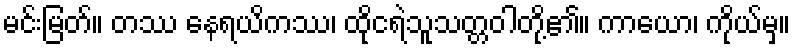
မင်းမြတ်။ တဿ နေရယိကဿ၊ ထိုငရဲသူသတ္တဝါတို့၏။ ကာယော၊ ကိုယ်မှ။